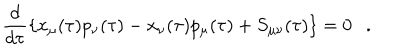
\frac { d } { d \tau } \left\{ x _ { \mu } ( \tau ) p _ { \nu } ( \tau ) - x _ { \nu } ( \tau ) p _ { \mu } ( \tau ) + S _ { \mu \nu } ( \tau ) \right\} = 0 .